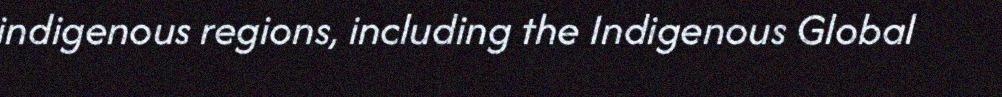
indigenous regions, including the Indigenous Global